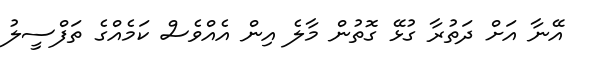
އޭނާ އަށް ދަތުރާ ގުޅޭ ގޮތުން މާލެ އިން އެއްވެސް ކަމެއްގެ ތަފްސީލު